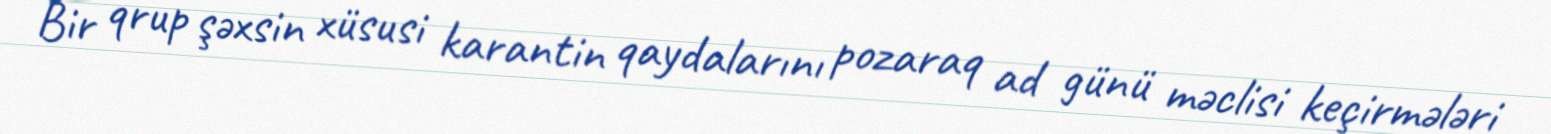
Bir qrup şəxsin xüsusi karantin qaydalarını pozaraq ad günü məclisi keçirmələri